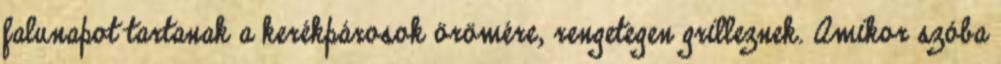
falunapot tartanak a kerékpárosok örömére, rengetegen grilleznek. Amikor szóba